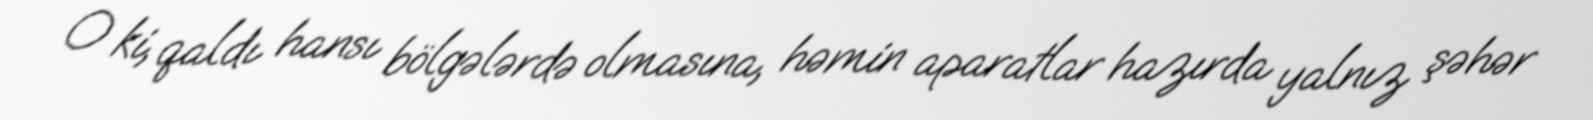
O ki, qaldı hansı bölgələrdə olmasına, həmin aparatlar hazırda yalnız şəhər